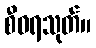
စီဝရသုတ်။